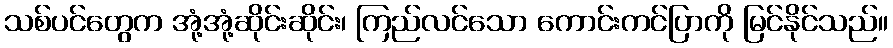
သစ်ပင်တွေက အုံ့အုံ့ဆိုင်းဆိုင်း၊ ကြည်လင်သော ကောင်းကင်ပြာကို မြင်နိုင်သည်။